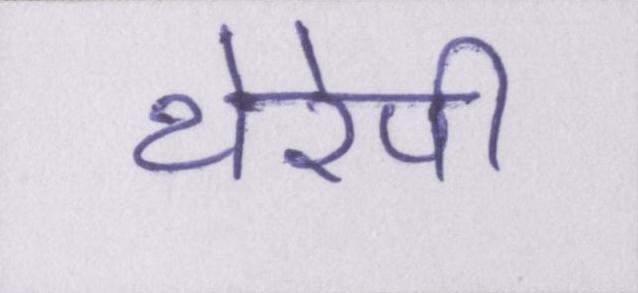
थेरेपी